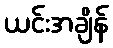
ယင်းအချိန်